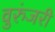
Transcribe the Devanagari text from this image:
वुरुंजरी